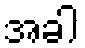
အခါ